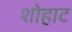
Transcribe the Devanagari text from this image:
शोहाट